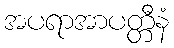
အပရာအာပတ္တီနံ